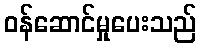
ဝန်ဆောင်မှုပေးသည်